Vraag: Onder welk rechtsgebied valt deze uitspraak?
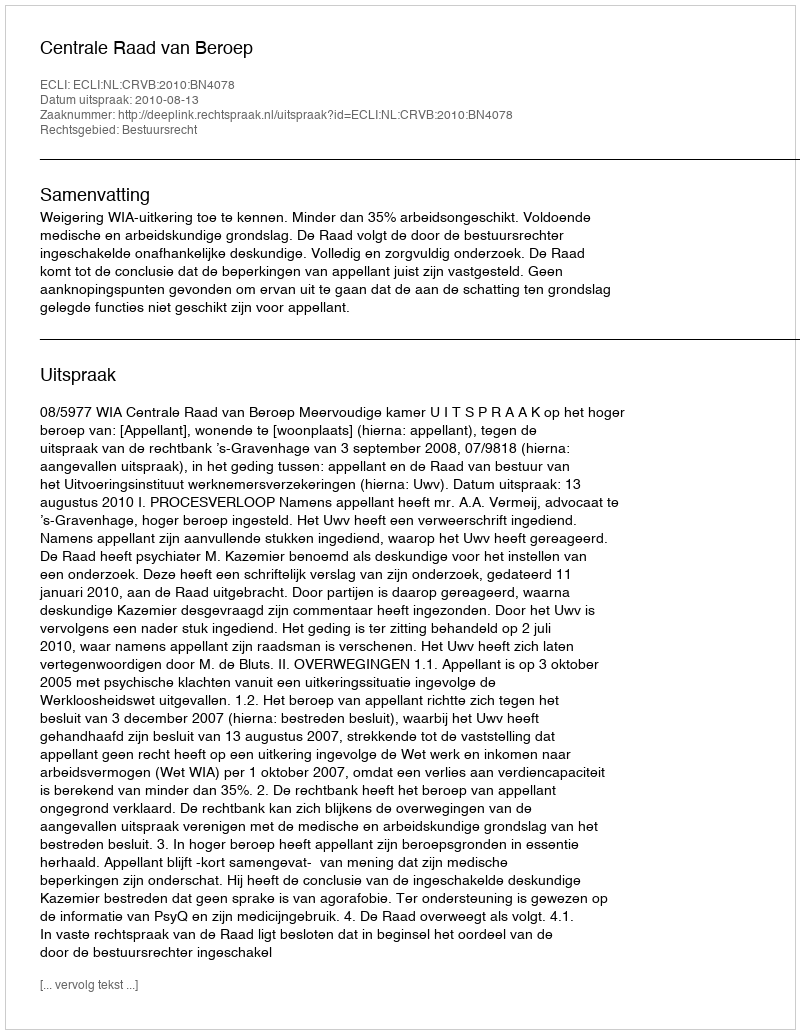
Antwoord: Bestuursrecht